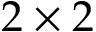
2 \times 2